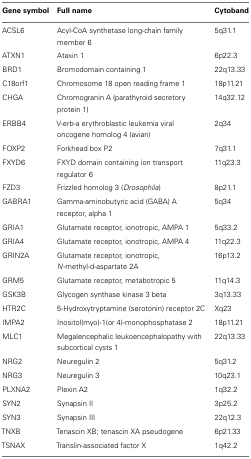
<table><thead><tr><td><b>Gene symbol</b></td><td><b>Full name</b></td><td><b>Cytoband</b></td></tr></thead><tbody><tr><td>ACSL6</td><td>Acyl-CoA synthetase long-chain family member 6</td><td>5q31.1</td></tr><tr><td>ATXN1</td><td>Ataxin 1</td><td>6p22.3</td></tr><tr><td>BRD1</td><td>Bromodomain containing 1</td><td>22q13.33</td></tr><tr><td>C18orf1</td><td>Chromosome 18 open reading frame 1</td><td>18p11.21</td></tr><tr><td>CHGA</td><td>Chromogranin A (parathyroid secretory protein 1)</td><td>14q32.12</td></tr><tr><td>ERBB4</td><td>V-erb-a erythroblastic leukemia viral oncogene homolog 4 (avian)</td><td>2q34</td></tr><tr><td>FOXP2</td><td>Forkhead box P2</td><td>7q31.1</td></tr><tr><td>FXYD6</td><td>FXYD domain containing ion transport regulator 6</td><td>11q23.3</td></tr><tr><td>FZD3</td><td>Frizzled homolog 3 (<i>Drosophila</i>)</td><td>8p21.1</td></tr><tr><td>GABRA1</td><td>Gamma-aminobutyric acid (GABA) A receptor, alpha 1</td><td>5q34</td></tr><tr><td>GRIA1</td><td>Glutamate receptor, ionotropic, AMPA 1</td><td>5q33.2</td></tr><tr><td>GRIA4</td><td>Glutamate receptor, ionotropic, AMPA 4</td><td>11q22.3</td></tr><tr><td>GRIN2A</td><td>Glutamate receptor, ionotropic, <i>N</i>-methyl-d-aspartate 2A</td><td>16p13.2</td></tr><tr><td>GRM5</td><td>Glutamate receptor, metabotropic 5</td><td>11q14.3</td></tr><tr><td>GSK3B</td><td>Glycogen synthase kinase 3 beta</td><td>3q13.33</td></tr><tr><td>HTR2C</td><td>5-Hydroxytryptamine (serotonin) receptor 2C</td><td>Xq23</td></tr><tr><td>IMPA2</td><td>Inositol(myo)-1(or 4)-monophosphatase 2</td><td>18p11.21</td></tr><tr><td>MLC1</td><td>Megalencephalic leukoencephalopathy with subcortical cysts 1</td><td>22q13.33</td></tr><tr><td>NRG2</td><td>Neuregulin 2</td><td>5q31.2</td></tr><tr><td>NRG3</td><td>Neuregulin 3</td><td>10q23.1</td></tr><tr><td>PLXNA2</td><td>Plexin A2</td><td>1q32.2</td></tr><tr><td>SYN2</td><td>Synapsin II</td><td>3p25.2</td></tr><tr><td>SYN3</td><td>Synapsin III</td><td>22q12.3</td></tr><tr><td>TNXB</td><td>Tenascin XB; tenascin XA pseudogene</td><td>6p21.33</td></tr><tr><td>TSNAX</td><td>Translin-associated factor X</td><td>1q42.2</td></tr></tbody></table>